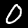
Digit: 0